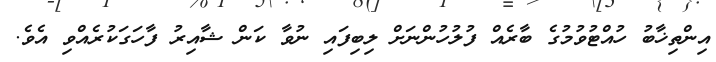
އިންތިޚާބު ހުއްޓުވުމުގެ ބާރެއް ފުލުހުންނަށް ލިބިފައި ނުވާ ކަން ޝާއިރު ފާހަގަކުރެއްވި އެވެ.